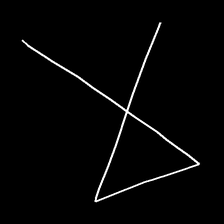
Glyph: collection